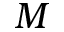
M